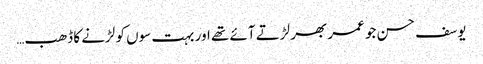
یوسف حسن جو عمر بھر لڑتے آئے تھے اور بہت سوں کو لڑنے کا ڈھب…